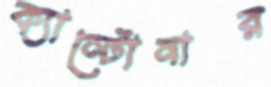
ক্যান্টোনার